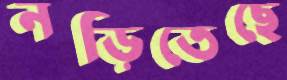
নড়িতেছে